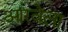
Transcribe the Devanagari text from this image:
आरवेला